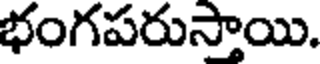
భంగపరుస్తాయి.